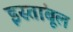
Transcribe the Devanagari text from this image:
इस्तांबूल